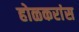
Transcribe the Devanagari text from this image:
होळकरांस